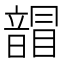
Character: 𩐲